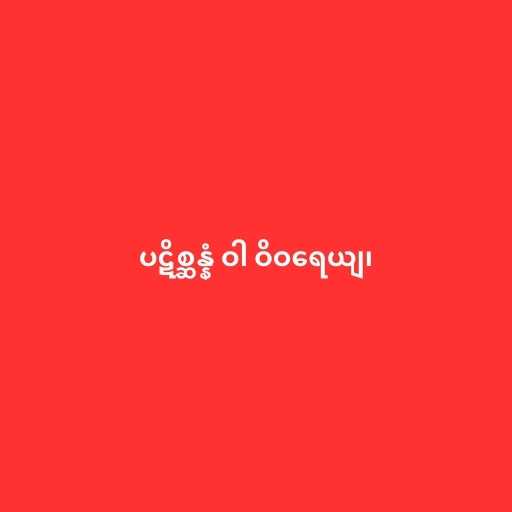
ပဋိစ္ဆန္နံ ဝါ ဝိဝရေယျ၊